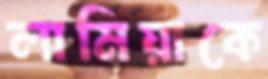
লামিয়াকে